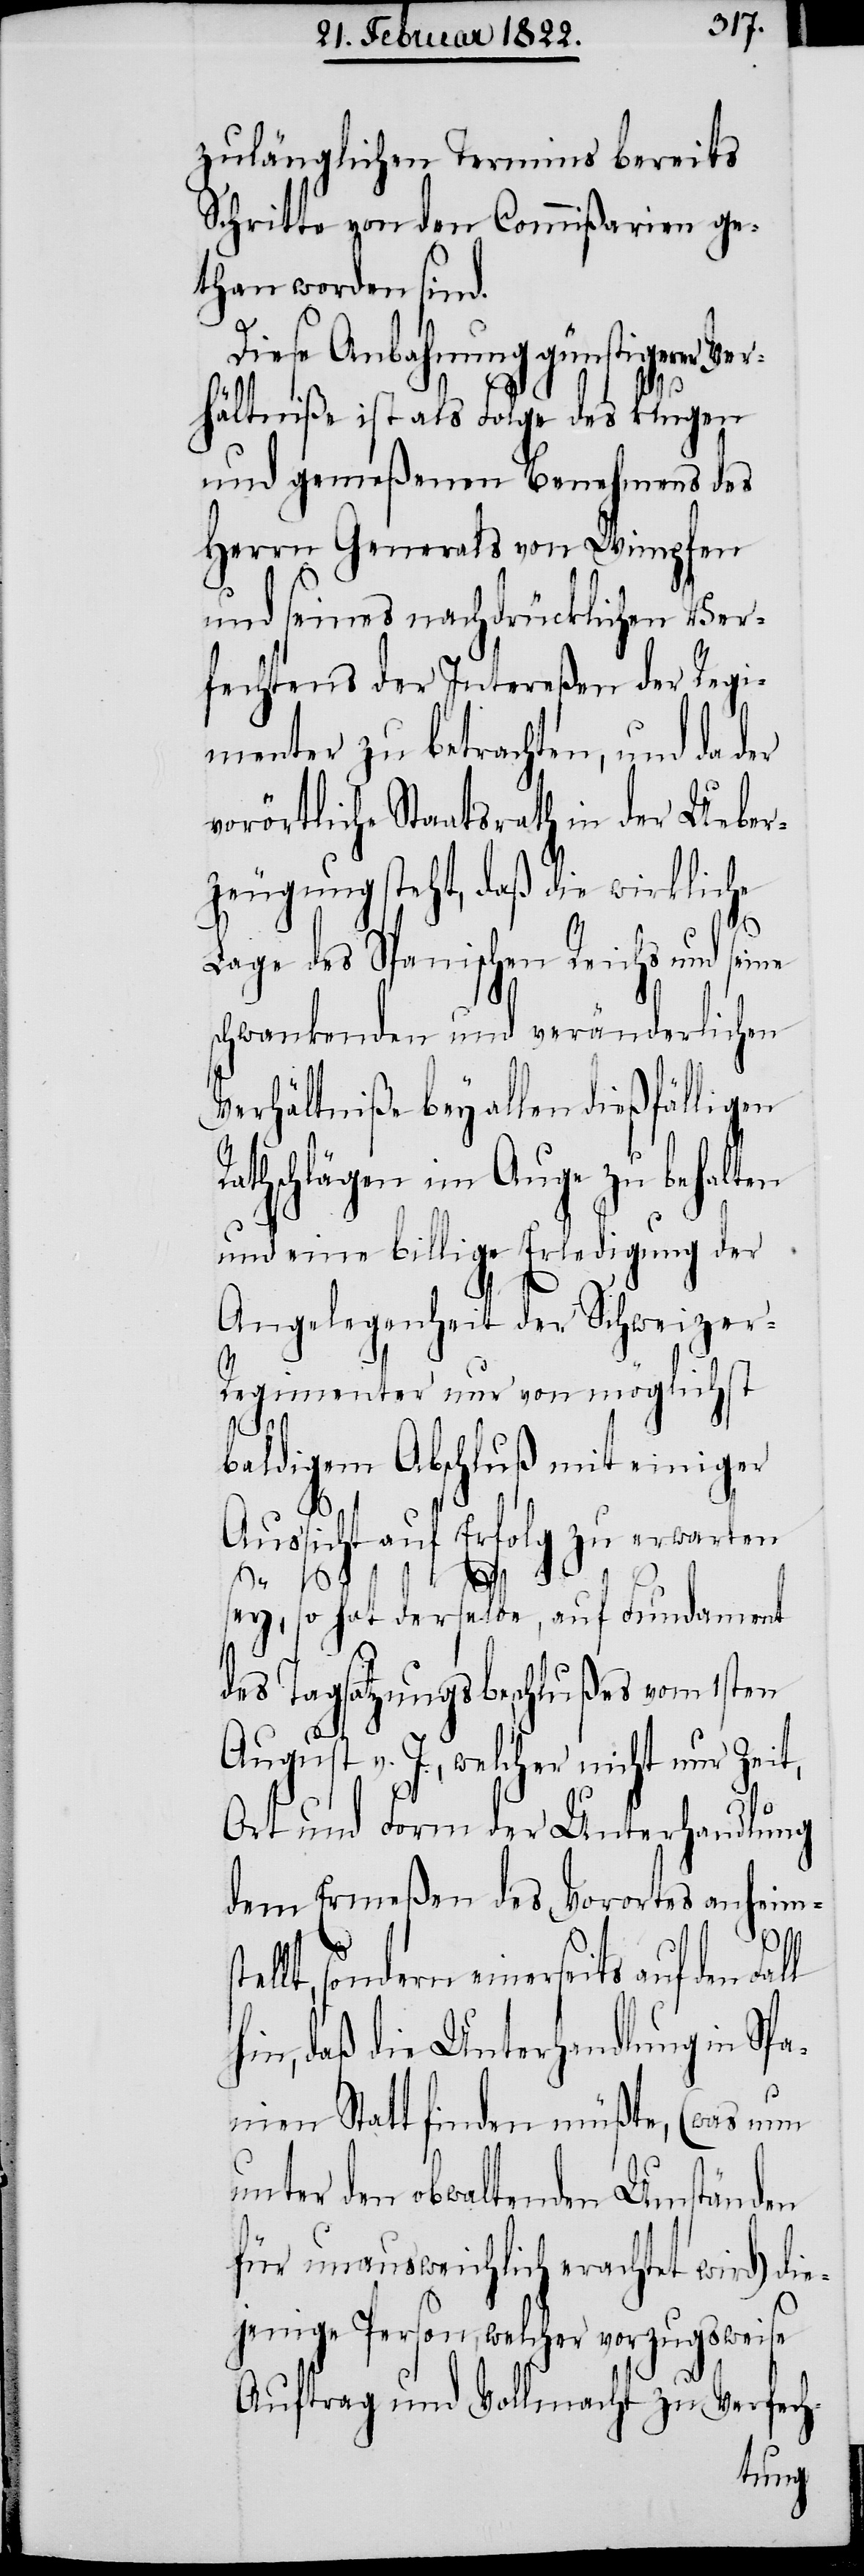
zugänglichen Termins bereits
Schritte von den Commißarien ge¬
than worden sind.
Diese Anbahnung günstigerer
hältniße ist als Folge des klugen
und gemeßenen Benehmens des
Herrn Generals von Wimpfen
und seines nachdrücklichen Ver¬
fechtens der Intereßen der Regi¬
menter zu betrachten, und da der
vorörtliche Staatsrath in der Ueber¬
zeugung steht, daß die wirkliche
Lage des Spanischen Reichs und seine
schwankenden und veränderlichen
Verhältniße bey allen dießfälligen
Rathschlägen im Auge zu behalten
und eine billige Erledigung der
Angelegenheit der Schweizer-R¬
egimenter nur von möglichst
Ver¬
baldigem Abschluß mit einiger
Aussicht auf Erfolg zu erwarten
sey, so hat derselbe, auf Fundament
des Tagsatzungsbeschlußes vom 1sten
August v. J., welcher nicht nur Zeit,
Ort und Form der Unterhandlung
dem Ermeßen des Vorortes anheims¬
tellt, sondern einerseits auf den Fall
hin, daß die Unterhandlung in Span¬
ien Statt finden müßte, (was nun
unter den obwaltenden Umständen
für unausweichlich erachtet wird) die¬
jenige Person, welcher vorzugsweise
Auftrag und Vollmacht zu Verfech-